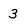
Character: 3